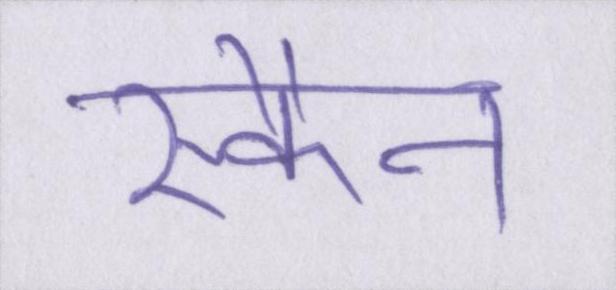
स्कैन